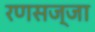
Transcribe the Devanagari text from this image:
रणसज्जा